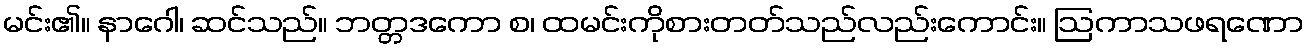
မင်း၏။ နာဂေါ၊ ဆင်သည်။ ဘတ္တဒကော စ၊ ထမင်းကိုစားတတ်သည်လည်းကောင်း။ ဩကာသဖရဏော